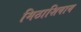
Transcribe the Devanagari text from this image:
मिठाशिवाय